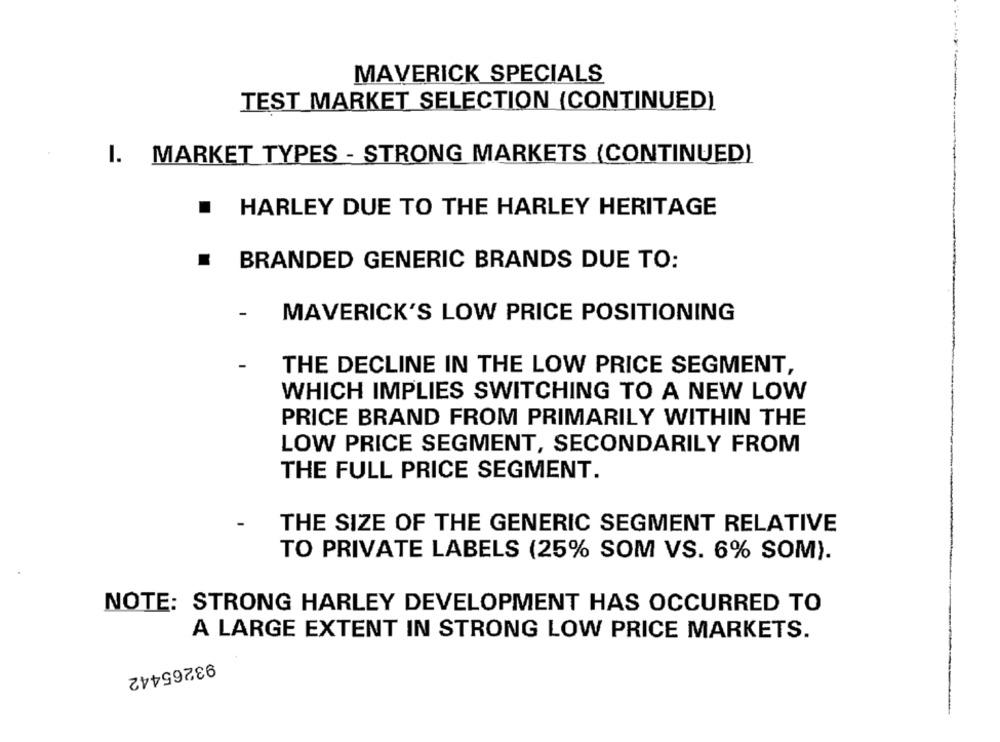
MAVERICK SPECIALS
TEST MARKET SELECTION (CONTINUED)
I. MARKET TYPES - STRONG MARKETS (CONTINUED)
.
HARLEY DUE TO THE HARLEY HERITAGE
BRANDED GENERIC BRANDS DUE TO:
-
MAVERICK'S LOW PRICE POSITIONING
-
THE DECLINE IN THE LOW PRICE SEGMENT,
WHICH IMPLIES SWITCHING TO A NEW LOW
PRICE BRAND FROM PRIMARILY WITHIN THE
LOW PRICE SEGMENT, SECONDARILY FROM
THE FULL PRICE SEGMENT.
THE SIZE OF THE GENERIC SEGMENT RELATIVE
TO PRIVATE LABELS (25% SOM VS. 6% SOM).
NOTE: STRONG HARLEY DEVELOPMENT HAS OCCURRED TO
A LARGE EXTENT IN STRONG LOW PRICE MARKETS.
93265442